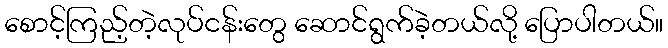
စောင့်ကြည့်တဲ့လုပ်ငန်းတွေ ဆောင်ရွက်ခဲ့တယ်လို့ ပြောပါတယ်။